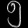
Digit: ၅